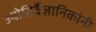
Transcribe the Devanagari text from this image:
ज्योतिर्वैज्ञानिकांनी